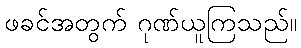
ဖခင်အတွက် ဂုဏ်ယူကြသည်။